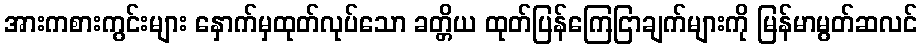
အားကစားကွင်းများ နှောက်မှထုတ်လုပ်သော ခတ္တိယ ထုတ်ပြန်ကြေငြာချက်များကို မြန်မာမွတ်ဆလင်